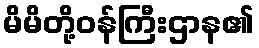
မိမိတို့ဝန်ကြီးဌာန၏